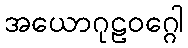
အယောဂုဠဝဂ္ဂေါ